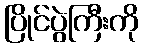
ပြိုင်ပွဲကြီးကို